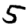
Digit: 5